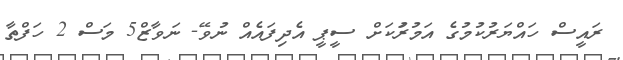
ރައީސް ހައްޔަރުކުމުގެ އަމުރުަކަށް ސީޕީ އެދިފައެއް ނުވޭ- ނަވާޒް5 މަސް 2 ހަފްތާ